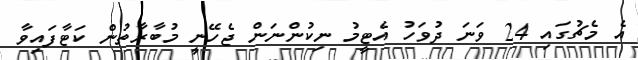
އެ މެޗުގައި 24 ވަނަ ދުވަހު އެޓީމު ނިކުުންނަން ޖެހޭނީ މުބާރާތުން ކަޓާފައިވާ